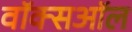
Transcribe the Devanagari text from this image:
वॉक्सऑल